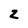
Character: 2